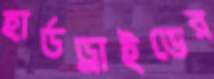
হার্ডড্রাইভের